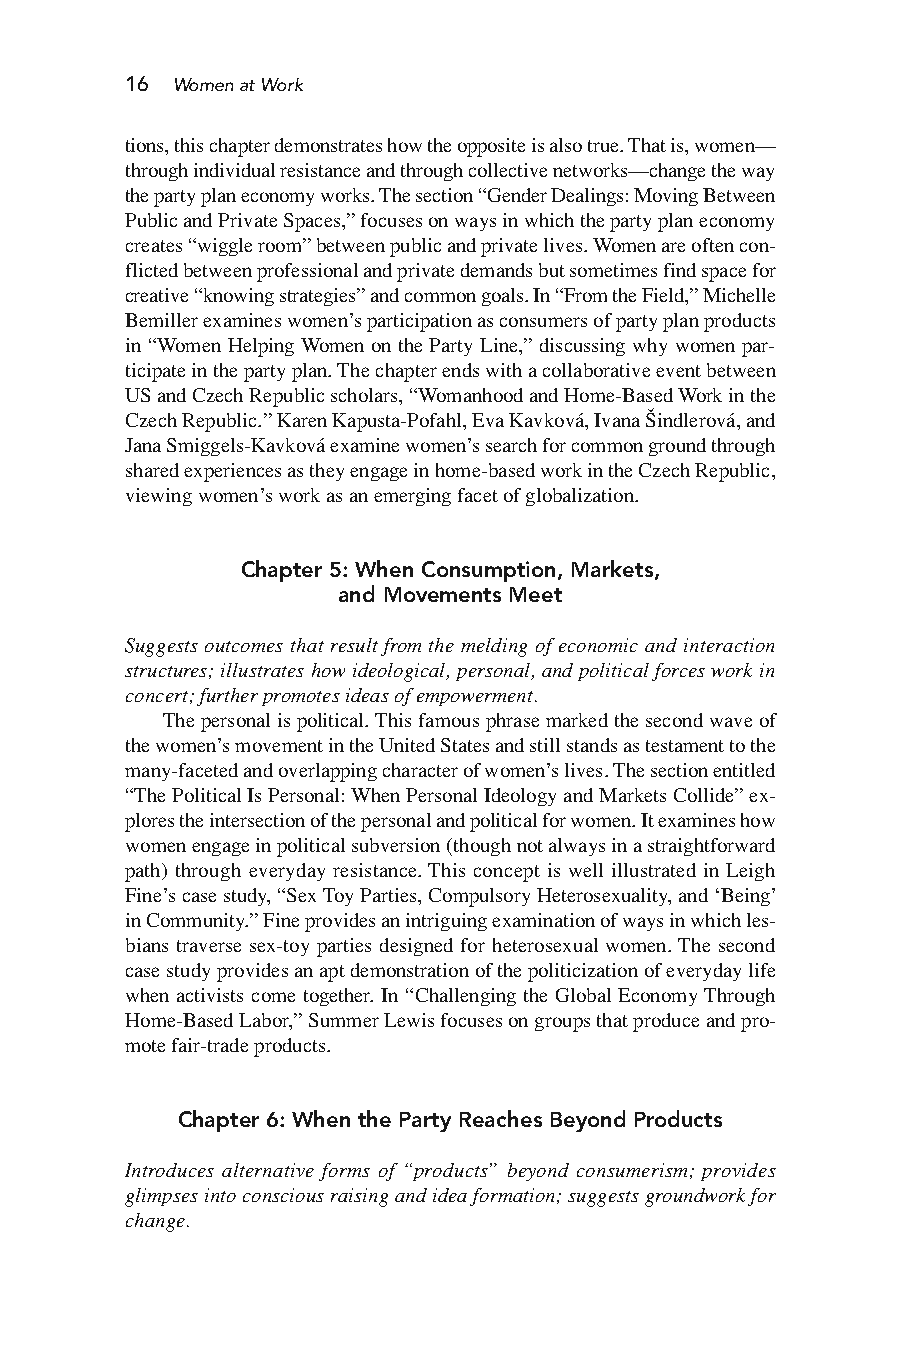
16 WomenatWork
 tions,thischapterdemonstrateshowtheoppositeisalsotrue.Thatis,women—
 throughindividualresistanceandthroughcollectivenetworks—changetheway
 thepartyplaneconomyworks.Thesection“GenderDealings:MovingBetween
 PublicandPrivateSpaces,”focusesonwaysinwhichthepartyplaneconomy
 creates“wiggleroom”betweenpublicandprivatelives.Womenareoftencon-
 flictedbetweenprofessionalandprivatedemandsbutsometimesfindspacefor
 creative“knowingstrategies”andcommongoals.In“FromtheField,”Michelle
 Bemillerexamineswomen’sparticipationasconsumersofpartyplanproducts
 in “Women HelpingWomen on the Party Line,” discussing why women par-
 ticipateinthepartyplan.Thechapterendswithacollaborativeeventbetween
 USandCzechRepublicscholars,“WomanhoodandHome-BasedWorkinthe
 CzechRepublic.”KarenKapusta-Pofahl,EvaKavková,IvanaŠindlerová,and
 JanaSmiggels-Kavkováexaminewomen’ssearchforcommongroundthrough
 sharedexperiencesastheyengageinhome-basedworkintheCzechRepublic,
 viewingwomen’sworkasanemergingfacetofglobalization.
 Chapter 5: When Consumption, Markets,
 and Movements Meet
 Suggests outcomes that result from the melding of economic and interaction
 structures; illustrates how ideological, personal, and political forces work in
 concert;furtherpromotesideasofempowerment.
 Thepersonalispolitical.Thisfamousphrasemarkedthesecondwaveof
 thewomen’smovementintheUnitedStatesandstillstandsastestamenttothe
 many-facetedandoverlappingcharacterofwomen’slives.Thesectionentitled
 “ThePoliticalIsPersonal:WhenPersonalIdeologyandMarketsCollide”ex-
 plorestheintersectionofthepersonalandpoliticalforwomen.Itexamineshow
 womenengageinpoliticalsubversion(thoughnotalwaysinastraightforward
 path) through everyday resistance. This concept is well illustrated in Leigh
 Fine’scasestudy,“SexToyParties,CompulsoryHeterosexuality,and‘Being’
 inCommunity.”Fineprovidesanintriguingexaminationofwaysinwhichles-
 bians traverse sex-toy parties designed for heterosexual women.The second
 casestudyprovidesanaptdemonstrationofthepoliticizationofeverydaylife
 when activists come together. In “Challenging the Global EconomyThrough
 Home-BasedLabor,”SummerLewisfocusesongroupsthatproduceandpro-
 motefair-tradeproducts.
 Chapter 6: When the Party Reaches Beyond Products
 Introduces alternative forms of “products” beyond consumerism; provides
 glimpsesintoconsciousraisingandideaformation;suggestsgroundworkfor
 change.